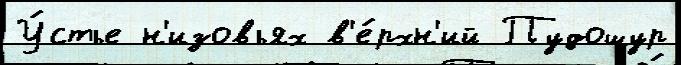
У́стье н'изовьях в'е́рхн'ий Пудошур